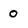
Character: o